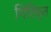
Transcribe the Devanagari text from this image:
गिरिफ़्त